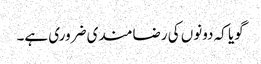
گویا کہ دونوں کی رضامندی ضروری ہے۔